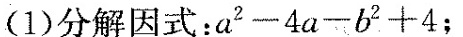
(1)分解因式：$$a ^ { 2 } - 4 a - b ^ { 2 } + 4$$；